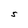
Character: S